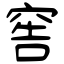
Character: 窖